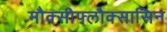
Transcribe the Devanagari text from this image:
मौक्सीफ्लौक्सासिन